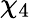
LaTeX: \chi_{4}